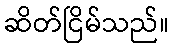
ဆိတ်ငြိမ်သည်။